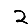
Digit: 2